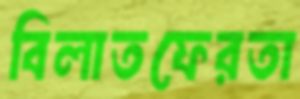
বিলাতফেরতা